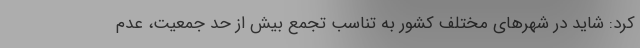
کرد: شاید در شهرهای مختلف کشور به تناسب تجمع بیش از حد جمعیت، عدم